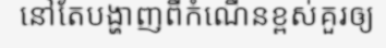
នៅតែបង្ហាញពីកំណើនខ្ពស់គួរឲ្យ